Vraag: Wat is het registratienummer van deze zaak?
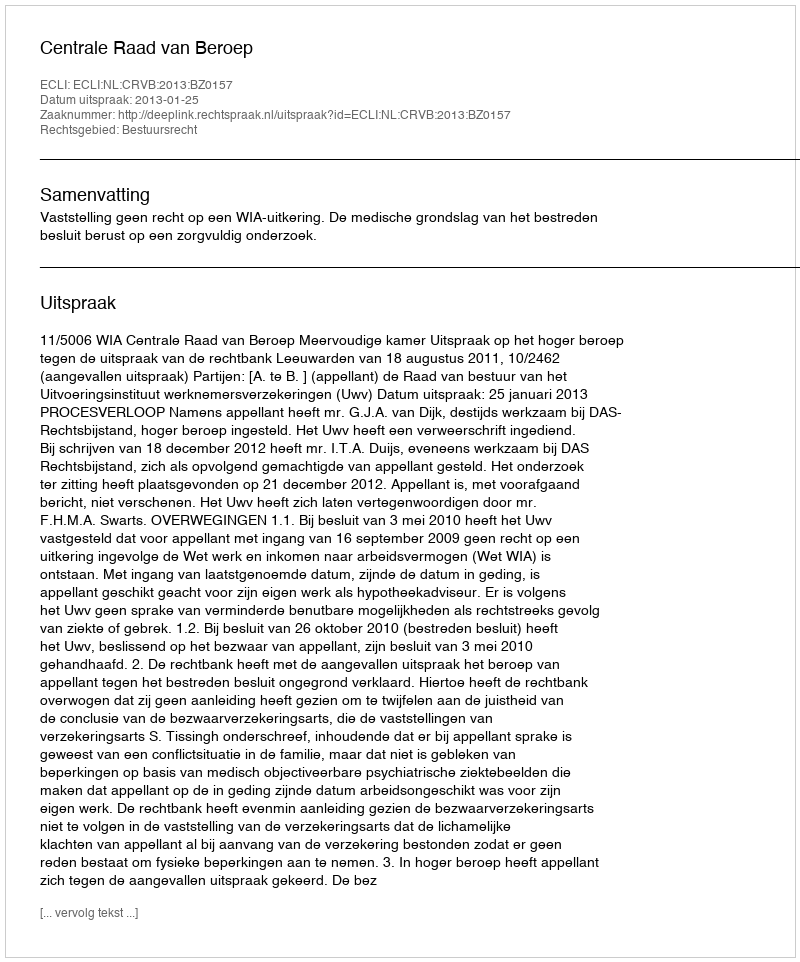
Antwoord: http://deeplink.rechtspraak.nl/uitspraak?id=ECLI:NL:CRVB:2013:BZ0157